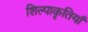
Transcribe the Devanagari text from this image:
शिल्पाकृतियाँ